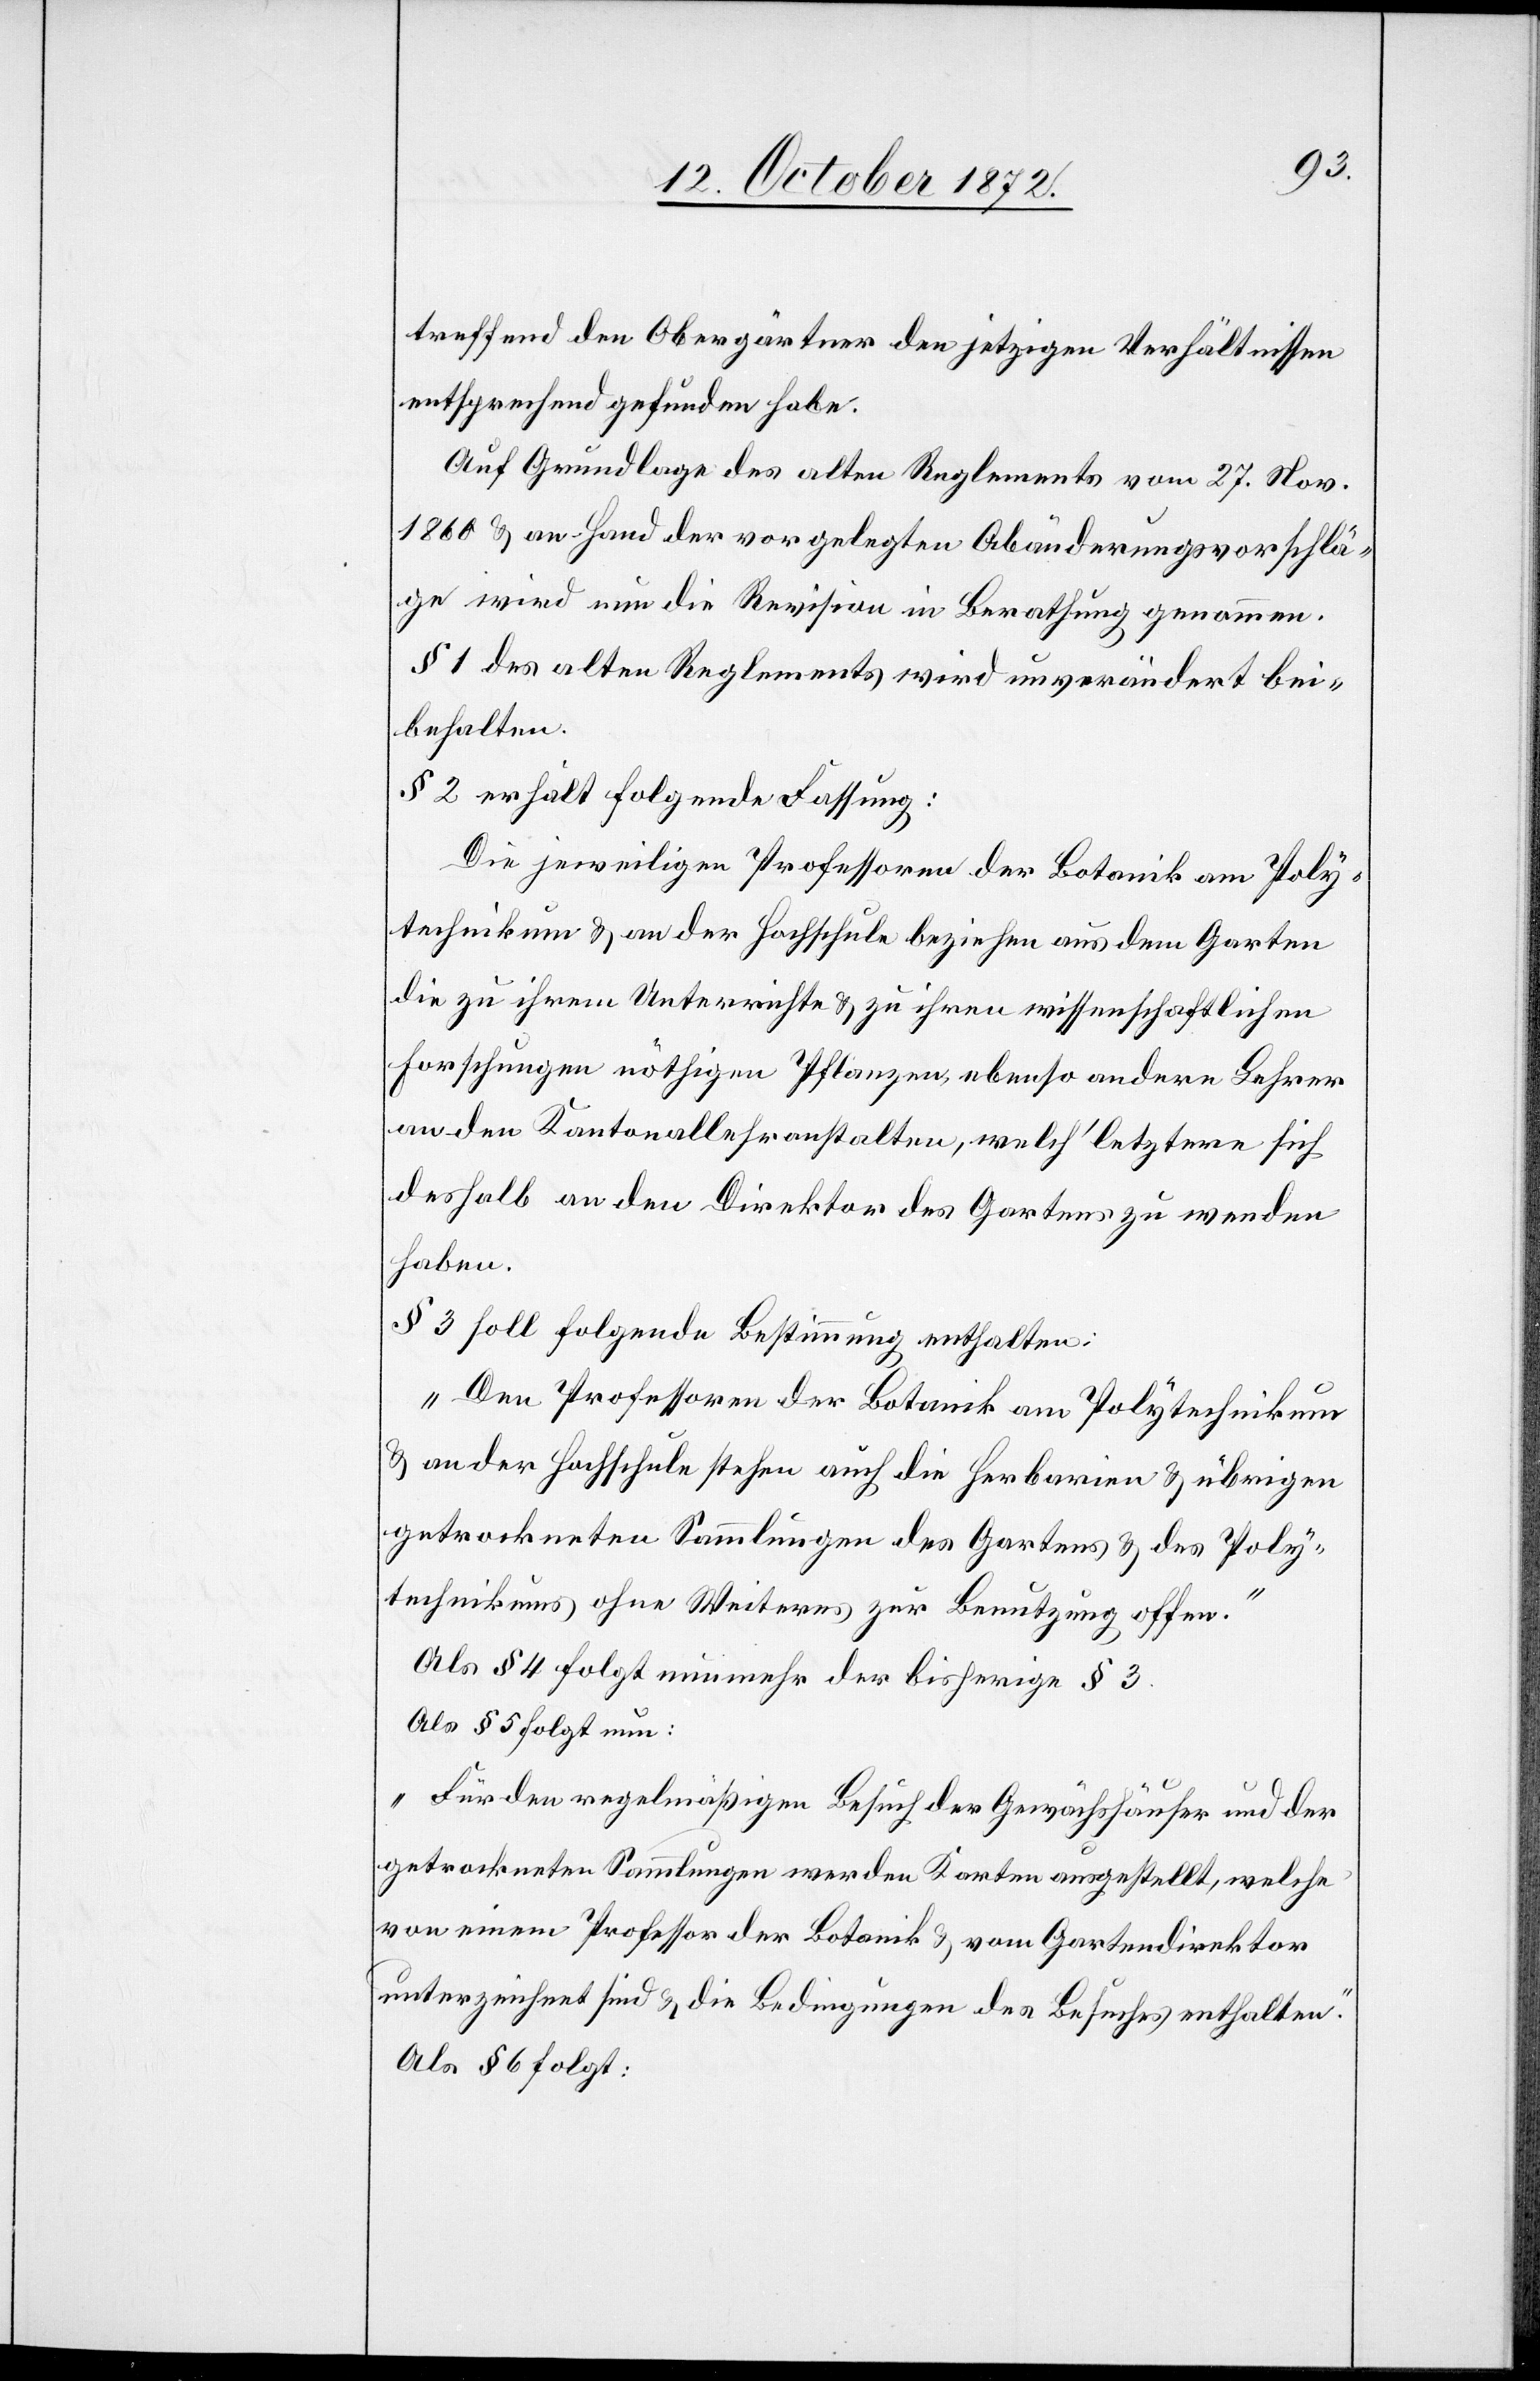
treffend den Obergärtner den jetzigen Verhältnissen
entsprechend gefunden habe.
Auf Grundlage des alten Reglements vom 27. Nov.
1860 u. an Hand der vorgelegten Abänderungsvorschlä¬
ge wird nun die Revision in Berathung genommen.
§ 1 des alten Reglements wird unverändert bei¬
behalten.
§ 2 erhält folgende Fassung:
Die jeweiligen Professoren der Botanik am Poly¬
technikum u. an der Hochschule beziehen aus dem Garten
die zu ihrem Unterrichte u. zu ihren wissenschaftlichen
Forschungen nöthigen Pflanzen, ebenso andere Lehrer
an den Kantonallehranstalten, welch’ letztere sich
deshalb an den Direktor des Gartens zu wenden
haben.
§ 3 soll folgende Bestimmung enthalten:
„Den Professoren der Botanik am Polytechnikum
u. an der Hochschule stehen auch die Herbarien u. übrigen
getrockneten Sammlungen des Gartens u. des Poly¬
technikums ohne Weiteres zur Benutzung offen.“
Als § 4 folgt nunmehr der bisherige § 3.
Als § 5 folgt nun:
„Für den regelmäßigen Besuch der Gewächshäuser und der
getrockneten Sammlungen werden Karten ausgestellt, welche
von einem Professor der Botanik u. vom Gartendirektor
unterzeichnet sind u. die Bedingungen des Besuches enthalten.“
Als § 6 folgt: